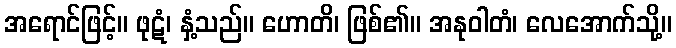
အရောင်ဖြင့်။ ဖုဋံ၊ နှံ့သည်။ ဟောတိ၊ ဖြစ်၏။ အနုဝါတံ၊ လေအောက်သို့။